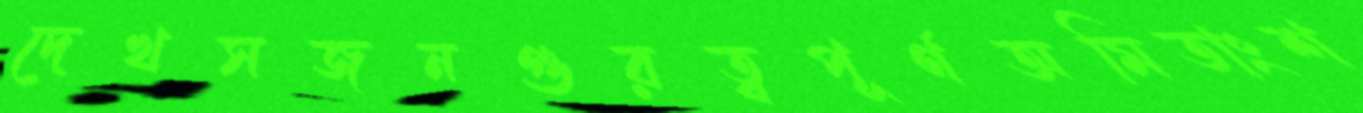
দেখসজনগুরত্বপূর্ণঅমিতাংশ